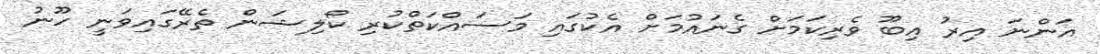
އަންނަ އިރު އިބޫ ވެރިކަމަށް ގެނައުމަށް އެކުގައި މަސައްކަތްކުރި ކޯލިޝަން ތެރޭގައިވަނީ ހޫނު